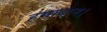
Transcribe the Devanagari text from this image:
हमादान।